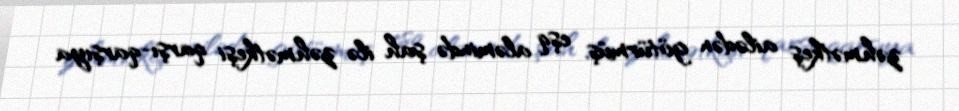
zəhmətkeş ailədən götürmüş, eşq aləmində şah ilə zəhmətkeşi qarşı-qarşıya